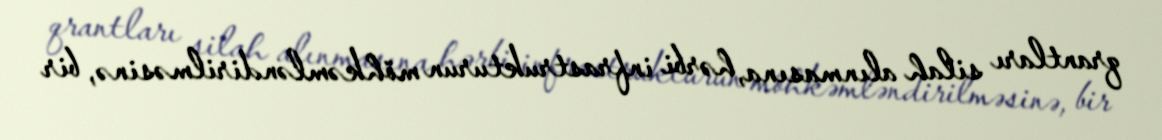
qrantları silah alınmasına, hərbi infrastrukturun möhkəmləndirilməsinə, bir